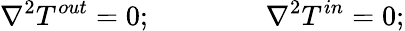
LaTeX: \nabla^{2}T^{out}=0;\qquad\qquad\nabla^{2}T^{in}=0;